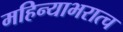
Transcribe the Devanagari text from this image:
महिन्याभरात्च